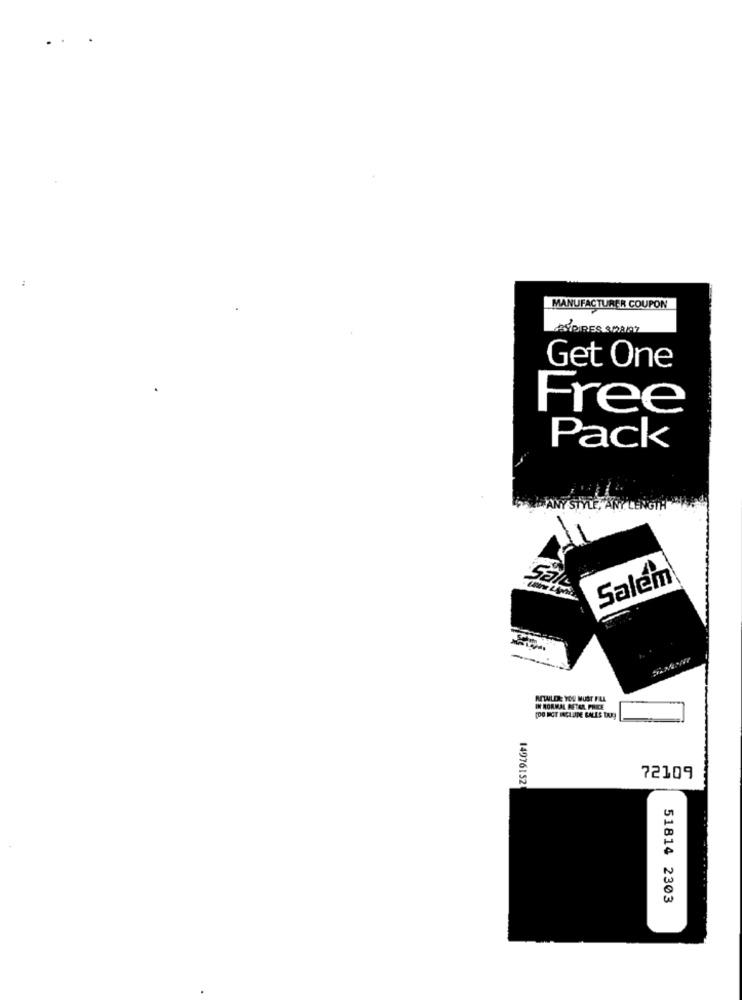
:
MANUFACTURER COUPON
ATOIRES DAPT
Get One
Free
Pack
Salem
RETAILDE YOU MUST FAL
IN NORMAL RETAR PRICE
(DO NOT INCLUDE SALES DAY
14976152
72109
51814 2303